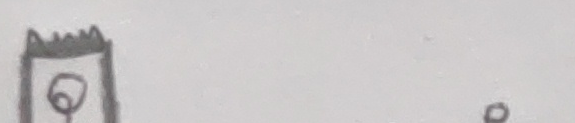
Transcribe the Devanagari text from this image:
कुनै